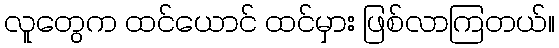
လူတွေက ထင်ယောင် ထင်မှား ဖြစ်လာကြတယ်။